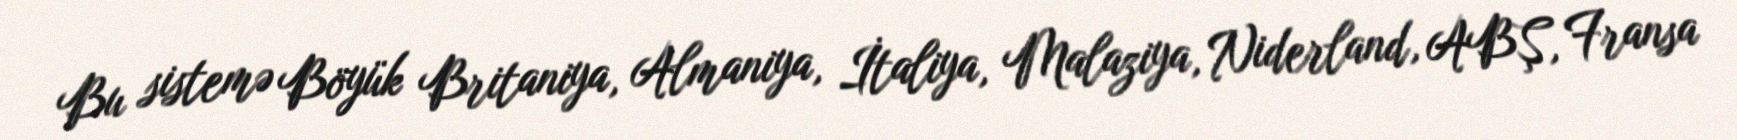
Bu sistemə Böyük Britaniya, Almaniya, İtaliya, Malaziya, Niderland, ABŞ, Fransa